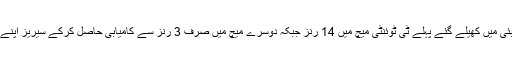
انگلینڈ نے دبئی میں کھیلے گئے پہلے ٹی ٹوئنٹی میچ میں 14 رنز جبکہ دوسرے میچ میں صرف 3 رنز سے کامیابی حاصل کرکے سیریز اپنے نام کی تھی۔